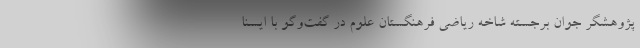
پژوهشگر جوان برجسته شاخه ریاضی فرهنگستان علوم در گفت‌وگو با ایسنا